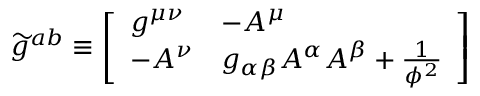
{ \widetilde { g } } ^ { a b } \equiv { \left[ \begin{array} { l l } { g ^ { \mu \nu } } & { - A ^ { \mu } } \\ { - A ^ { \nu } } & { g _ { \alpha \beta } A ^ { \alpha } A ^ { \beta } + { \frac { 1 } { \phi ^ { 2 } } } } \end{array} \right] }